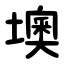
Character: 墺